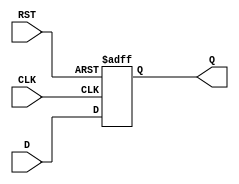
module FlipFlopRegister #(
    parameter WIDTH = 8 // Parameter for register width (number of bits)
) (
    input wire [WIDTH-1:0] D,    // Data input
    input wire CLK,               // Clock input
    input wire RST,               // Reset input
    output reg [WIDTH-1:0] Q      // Data output
);

// Asynchronous reset behavior
always @(posedge CLK or posedge RST) begin
    if (RST) begin
        Q <= {WIDTH{1'b0}}; // Reset all bits to 0
    end else begin
        Q <= D; // Capture data on clock edge
    end
end

endmodule